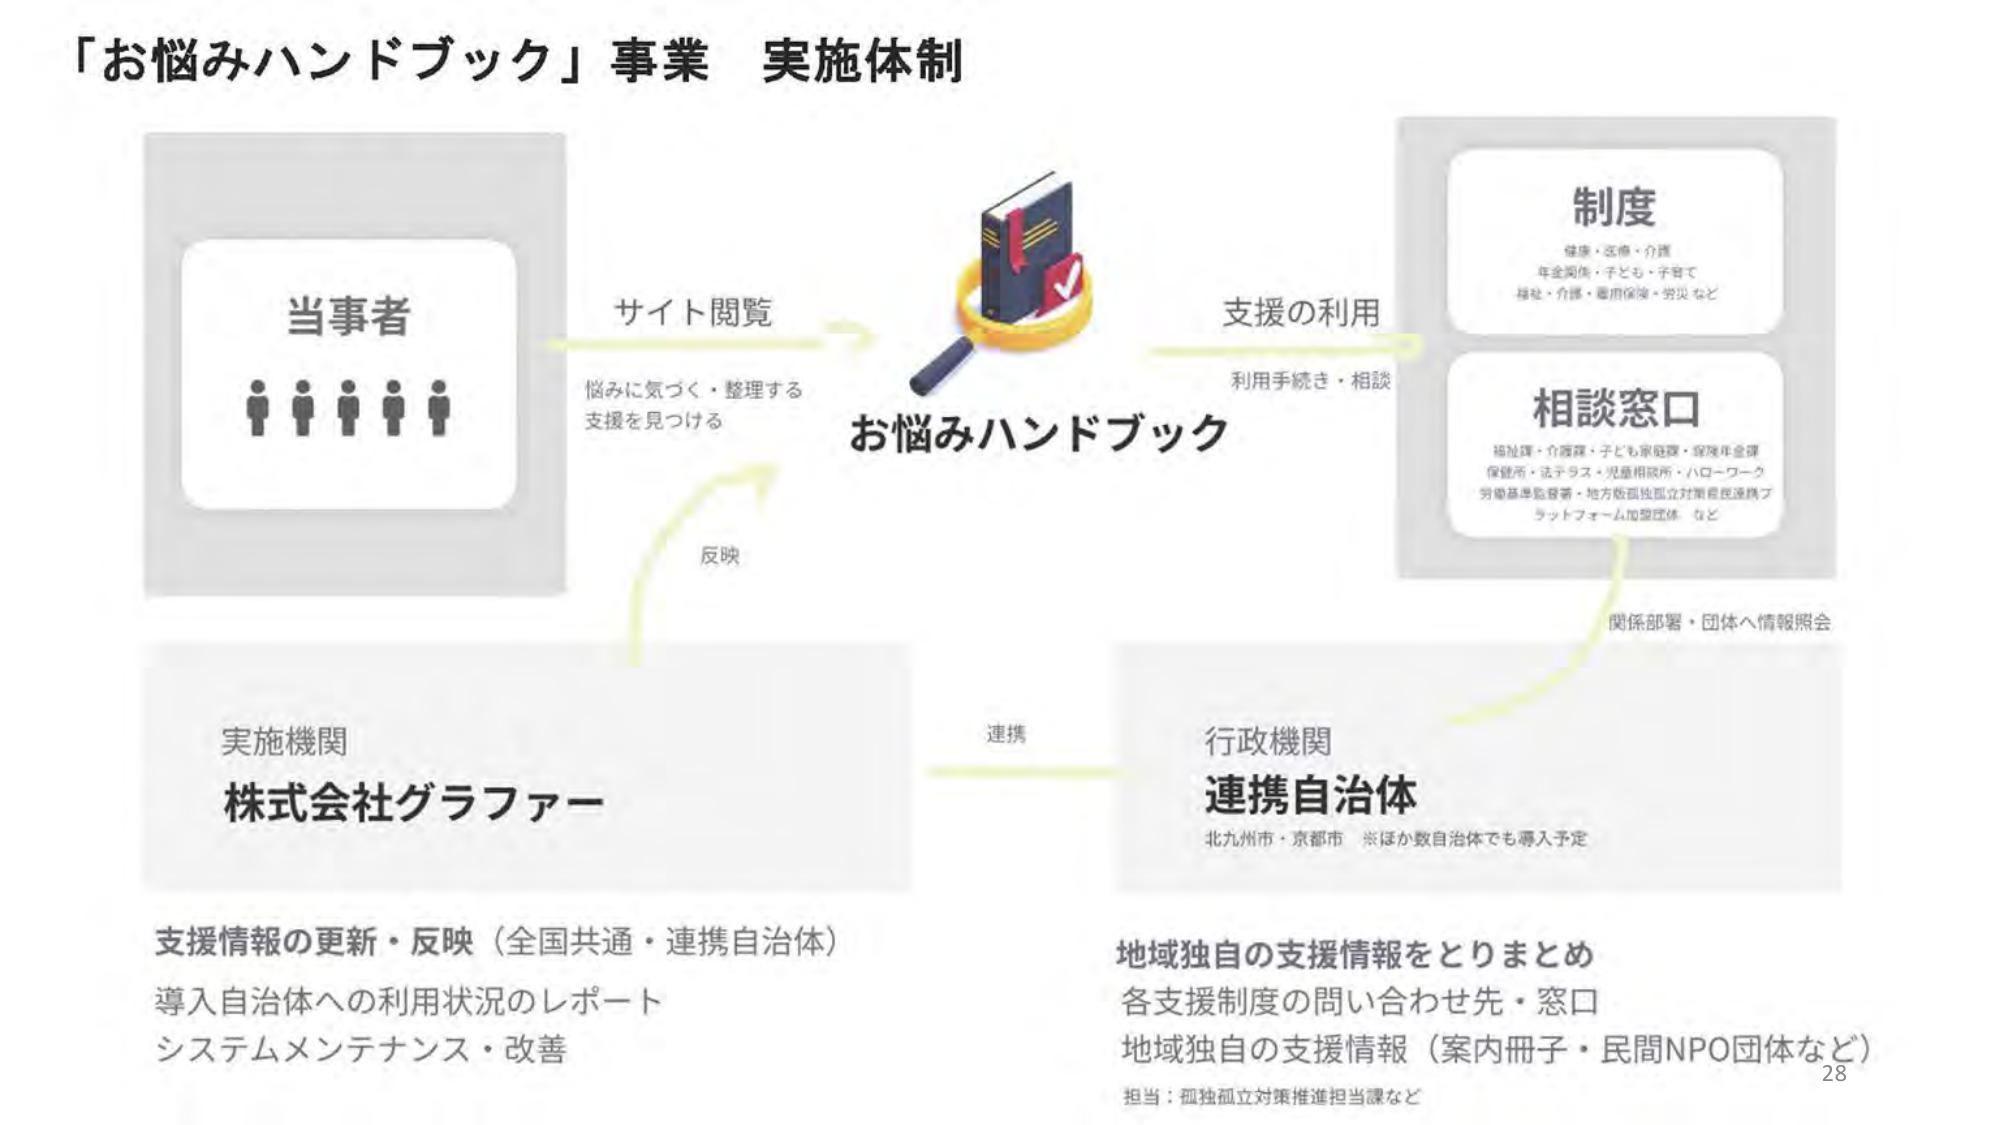
「お悩みハンドブック」事業 実施体制

当事者
サイト閲覧
悩みに気づく・整理する
支援を見つける
お悩みハンドブック
反映

制度
健康・医療・介護
年金関係・子ども・子育て
福祉・介護・雇用保険・労災など

相談窓口
福祉課・介護課・子ども家庭課・保険年金課
保健所・法テラス・児童相談所・ハローワーク
労働基準監督署・地方版孤立防止対策住民連携プラットフォーム加盟団体 など

支援の利用
利用手続き・相談
関係部署・団体へ情報照会

実施機関
株式会社グラファー
支援情報の更新・反映（全国共通・連携自治体）
導入自治体への利用状況のレポート
システムメンテナンス・改善

連携

行政機関
連携自治体
北九州市・京都市 ※ほか数自治体でも導入予定
地域独自の支援情報をとりまとめ
各支援制度の問い合わせ先・窓口
地域独自の支援情報（案内冊子・民間NPO団体など）
担当：孤独孤立対策推進担当課など

28